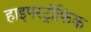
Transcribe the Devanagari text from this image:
हाइपरट्रॉफिक